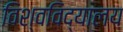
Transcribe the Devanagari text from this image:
विश्वविद्‌यालय